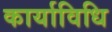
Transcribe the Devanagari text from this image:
कार्याविधि